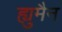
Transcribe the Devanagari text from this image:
ह्युमैन